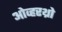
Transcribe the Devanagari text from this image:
ओव्हरथ्रो